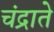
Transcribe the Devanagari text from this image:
चंद्राते